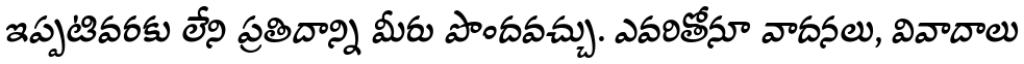
ఇప్పటివరకు లేని ప్రతిదాన్ని మీరు పొందవచ్చు. ఎవరితోనూ వాదనలు, వివాదాలు